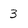
Character: 3